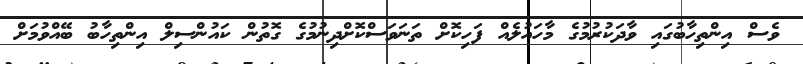
ވެސް އިންތިހާބުގައި ވާދަކުރުމުގެ މާހައުލެއް ފަހިކޮށް ތަނަވަސްކޮށްދިނުމުގެ ގޮތުން ކައުންސިލް އިންތިހާބު ބޭއްވުމަށް